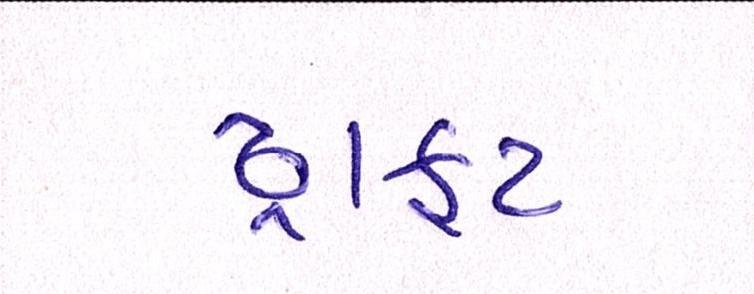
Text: ડ્રાફ્ટ